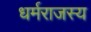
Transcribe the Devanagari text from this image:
धर्मराजस्य